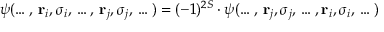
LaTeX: \psi ( \dots , \, \mathbf { r } _ { i } , \sigma _ { i } , \, \dots , \, \mathbf { r } _ { j } , \sigma _ { j } , \, \dots ) = ( - 1 ) ^ { 2 S } \cdot \psi ( \dots , \, \mathbf { r } _ { j } , \sigma _ { j } , \, \dots , \mathbf { r } _ { i } , \sigma _ { i } , \, \dots )